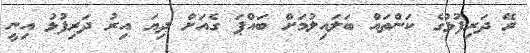
ރޭ ދަރިފުޅުގެ ކަންތައް ބަލައިލުމަށް ބައްޕަ ގެއަށް ދިޔަ އިރު ދަރިފުޅު އިނީ